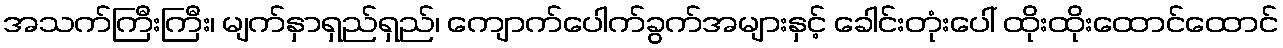
အသက်ကြီးကြီး၊ မျက်နှာရှည်ရှည်၊ ကျောက်ပေါက်ခွက်အများနှင့် ခေါင်းတုံးပေါ် ထိုးထိုးထောင်ထောင်